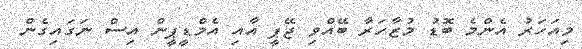
މިއަހަރު އެންމެ ބޮޑު މުޒާހަރާ ބޭއްވި ޖޭޕީ އާއި އެމްޑީޕީން އިސް ނަގައިގެން